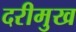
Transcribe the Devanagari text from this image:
दरीमुख